Report of the Indian Hemp Drugs Commission, 1894-1895 - Volume IV
Year: 1894
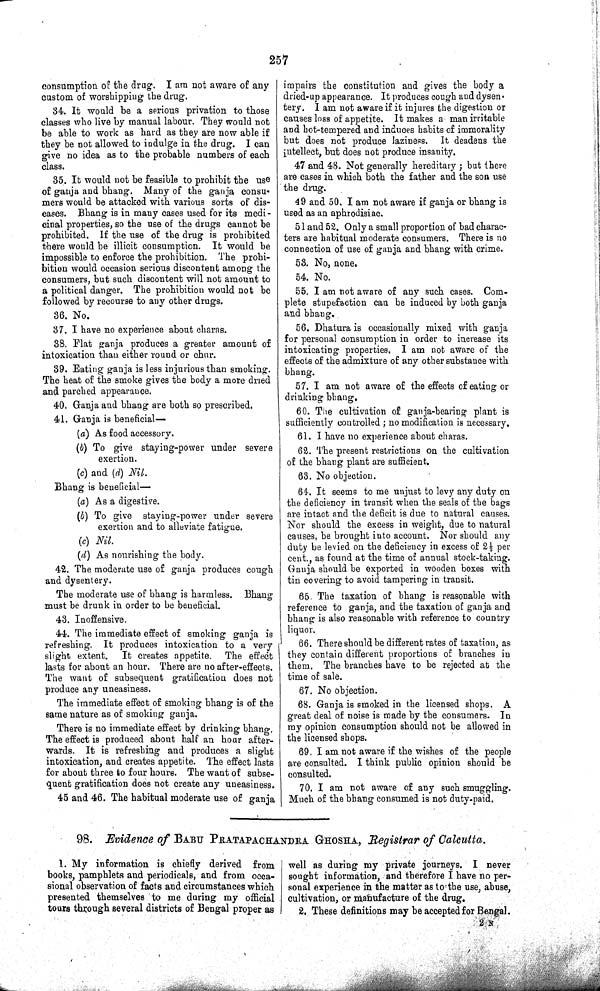
257
consumption of the drug. I am not aware of any
custom of worshipping the drug.
34. It would be a serious privation to those
classes who live by manual labour. They would not
be able to work as hard as they are now able if
they be not allowed to indulge in the drug. I can
give no idea as to the probable numbers of each
class.
35. It would not be feasible to prohibit the use
of ganja and bhang. Many of the ganja consu-
mers would be attacked with various sorts of dis-
eases. Bhang is in many cases used for its medi-
cinal properties, so the use of the drugs cannot be
prohibited. If the use of the drug is prohibited
there would be illicit consumption. It would be
impossible to enforce the prohibition. The prohi-
bition would occasion serious discontent among the
consumers, but such discontent will not amount to
a political danger. The prohibition would not be
followed by recourse to any other drugs.
36. No.
37. I have no experience about charas.
38. Flat ganja produces a greater amount of
intoxication than either round or chur.
39. Eating ganja is less injurious than smoking.
The heat of the smoke gives the body a more dried
and parched appearance.
40. Ganja and bhang are both so prescribed.
41. Ganja is beneficial—
(a) As food accessory.
(b) To give staying-power under severe
exertion.
(c) and (d) Nil.
Bhang is beneficial—
(a) As a digestive.
(b) To give staying-power under severe
exertion and to alleviate fatigue.
(c) Nil.
(d) As nourishing the body.
42. The moderate use of ganja produces cough
and dysentery.
The moderate use of bhang is harmless. Bhang
must be drunk in order to be beneficial.
43. Inoffensive,
44. The immediate effect of smoking ganja is
refreshing. It produces intoxication to a very
slight extent.
It creates appetite. The effect
lasts for about an hour. There are no after-effects.
The want of subsequent gratification does not
produce any uneasiness.
The immediate effect of smoking bhang is of the
same nature as of smoking ganja.
There is no immediate effect by drinking bhang.
The effect is produced about half an hour after-
wards. It is refreshing and produces a slight
intoxication, and creates appetite. The effect lasts
for about three to four hours. The want of subse-
quent gratification does not create any uneasiness.
45 and 46. The habitual moderate use of ganja
impairs the constitution and gives the body a
dried-up appearance. It produces cough and dysen-
tery. I am not aware if it injures the digestion or
causes loss of appetite. It makes a man irritable
and hot-tempered and induces habits of immorality
but does not produce laziness. It deadens the
intellect, but does not produce insanity.
47 and 48. Not generally hereditary; but there
are cases in which both the father and the son use
the drug.
49 and 50. I am not aware if ganja or bhang is
used as an aphrodisiac.
51 and 52. Only a small proportion of bad charac-
ters are habitual moderate consumers. There is no
connection of use of ganja and bhang with crime.
53. No, none.
54. No.
55. I am not aware of any such cases. Com-
plete stupefaction can be induced by both ganja
and bhang.
56. Dhatura is occasionally mixed with ganja
for personal consumption in order to increase its
intoxicating properties. I am not aware of the
effects of the admixture of any other substance with
bhang.
57. I am not aware of the effects of eating or
drinking bhang.
60. The cultivation of ganja-bearing plant is
sufficiently controlled; no modification is necessary.
61. I have no experience about charas.
62. The present restrictions on the cultivation
of the bhang plant are sufficient.
63. No objection.
64. It seems to me unjust to levy any duty on
the deficiency in transit when the seals of the bags
are intact and the deficit is due to natural causes.
Nor should the excess in weight, due to natural
causes, be brought into account. Nor should any
duty be levied on the deficiency in excess of 2½ per
cent., as found at the time of annual stock-taking.
Ganja should be exported in wooden boxes with
tin covering to avoid tampering in transit.
65. The taxation of bhang is reasonable with
reference to ganja, and the taxation of ganja and
bhang is also reasonable with reference to country
liquor.
66. There should be different rates of taxation, as
they contain different proportions of branches in
them. The branches have to be rejected at the
time of sale.
67. No objection.
68. Ganja is smoked in the licensed shops. A
great deal of noise is made by the consumers. In
my opinion consumption should not be allowed in
the licensed shops.
69. I am not aware if the wishes of the people
are consulted. I think public opinion should be
consulted.
70. I am not aware of any such smuggling.
Much of the bhang consumed is not duty-paid.
98. Evidence of BABU PRATAPCHANDRA GHOSHA, Registrar of Calcutta.
1. My information is chiefly derived from
books, pamphlets and periodicals, and from occa-
sional observation of facts and circumstances which
presented themselves to me during my official
tours through several districts of Bengal proper as
well as during my private journeys. I never
sought information, and therefore I have no per-
sonal experience in the matter as to the use, abuse,
cultivation, or manufacture of the drug.
2. These definitions may be accepted for Bengal.
2 N